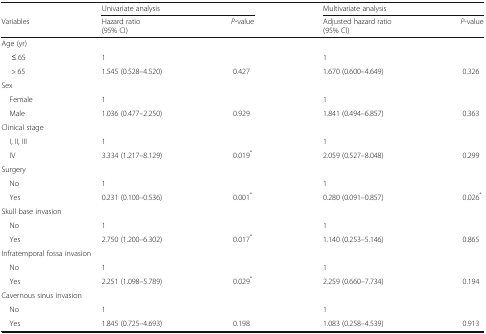
<table><thead><tr><td></td><td colspan="2"><b>Univariate analysis</b></td><td colspan="2"><b>Multivariate analysis</b></td></tr><tr><td><b>Variables</b></td><td><b>Hazard ratio (95% CI)</b></td><td><b><i>P</i>-value</b></td><td><b>Adjusted hazard ratio (95% CI)</b></td><td><b><i>P</i>-value</b></td></tr></thead><tbody><tr><td colspan="5">Age (yr)</td></tr><tr><td>≤ 65</td><td>1</td><td></td><td>1</td><td></td></tr><tr><td>&gt; 65</td><td>1.545 (0.528–4.520)</td><td>0.427</td><td>1.670 (0.600–4.649)</td><td>0.326</td></tr><tr><td colspan="5">Sex</td></tr><tr><td> Female</td><td>1</td><td></td><td>1</td><td></td></tr><tr><td> Male</td><td>1.036 (0.477–2.250)</td><td>0.929</td><td>1.841 (0.494–6.857)</td><td>0.363</td></tr><tr><td colspan="5">Clinical stage</td></tr><tr><td> I, II, III</td><td>1</td><td></td><td>1</td><td></td></tr><tr><td> IV</td><td>3.334 (1.217–8.129)</td><td>0.019<sup>*</sup></td><td>2.059 (0.527–8.048)</td><td>0.299</td></tr><tr><td colspan="5">Surgery</td></tr><tr><td> No</td><td>1</td><td></td><td>1</td><td></td></tr><tr><td> Yes</td><td>0.231 (0.100–0.536)</td><td>0.001<sup>*</sup></td><td>0.280 (0.091–0.857)</td><td>0.026<sup>*</sup></td></tr><tr><td colspan="5">Skull base invasion</td></tr><tr><td> No</td><td>1</td><td></td><td>1</td><td></td></tr><tr><td> Yes</td><td>2.750 (1.200–6.302)</td><td>0.017<sup>*</sup></td><td>1.140 (0.253–5.146)</td><td>0.865</td></tr><tr><td colspan="5">Infratemporal fossa invasion</td></tr><tr><td> No</td><td>1</td><td></td><td>1</td><td></td></tr><tr><td> Yes</td><td>2.251 (1.098–5.789)</td><td>0.029<sup>*</sup></td><td>2.259 (0.660–7.734)</td><td>0.194</td></tr><tr><td colspan="5">Cavernous sinus invasion</td></tr><tr><td> No</td><td>1</td><td></td><td>1</td><td></td></tr><tr><td> Yes</td><td>1.845 (0.725–4.693)</td><td>0.198</td><td>1.083 (0.258–4.539)</td><td>0.913</td></tr></tbody></table>